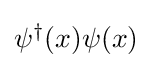
{\textstyle \psi ^{\dagger }(x)\psi (x)}